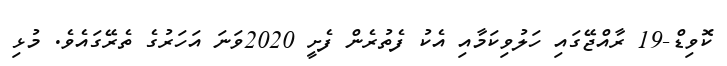
ކޮވިޑް-19 ރާއްޖޭގައި ހަލުވިކަމާއި އެކު ފެތުރެން ފެށީ 2020ވަނަ އަހަރުގެ ތެރޭގައެވެ. މުޅި